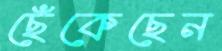
ছেঁকেছেন